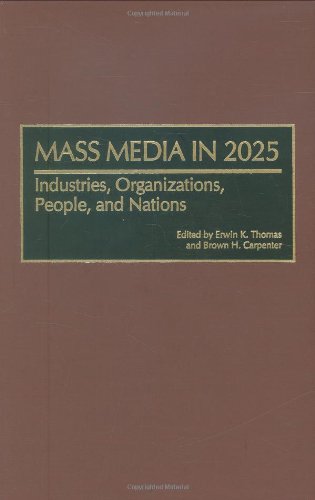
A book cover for Mass Media in 2025: Industries, Organizations, People, and Nations; Law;